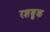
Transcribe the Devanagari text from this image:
रशब्रुक